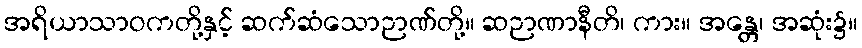
အရိယာသာဝကတို့နှင့် ဆက်ဆံသောဉာဏ်တို့။ ဆဉာဏာနီတိ၊ ကား။ အန္တေ၊ အဆုံး၌။